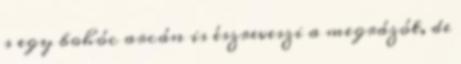
s egy bohóc arcán is észreveszi a megrázót, de